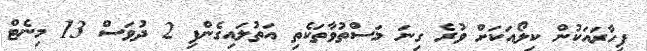
ފިހާރައަކުން ކިލޯއަކަށް ވުރެ ގިނަ މަސްތުވާތަކެތި އަތުލައިގެންފި 2 ދުވަސް 13 މިނެޓް